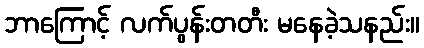
ဘာကြောင့် လက်ပွန်းတတီး မနေခဲ့သနည်း။